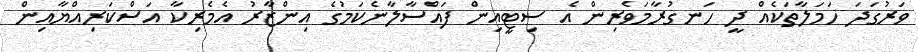
ވަރުގަދަ ހަމަލާތަކެއް ދީ ހަނގުރާމަވެރިން އެ ސިޓީއިން ފައްސާލާނެކަމުގެ އިންޒާރު އެމެރިކާ އަސްކަރިއްޔާއިން